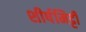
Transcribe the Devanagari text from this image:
शीर्षमिट्टी